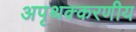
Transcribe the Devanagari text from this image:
अपृथक्करणीय